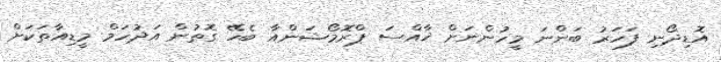
އޮޑިދޯނި ފަހަރު ބަންނަ މީހުންނަށް ޚާއްސަ ޕްރޮމޯޝަންއާ ބެހޭ ގޮތުން އަދުހަމް މީޑިއާތަކަށް